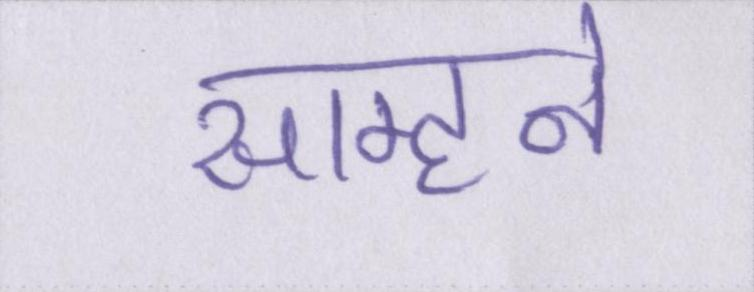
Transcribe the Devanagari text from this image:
साम्हने